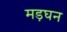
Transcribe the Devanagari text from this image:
मड़घन